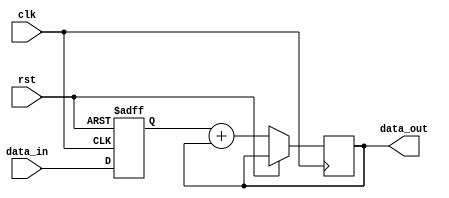
module ShiftAndAdd (
    input wire clk,
    input wire rst,
    input wire [7:0] data_in,
    output wire [7:0] data_out
);

reg [7:0] shift_reg;
reg [7:0] data_out;

always @(posedge clk or posedge rst) begin
    if (rst) begin
        shift_reg <= 8'b0;
    end else begin
        shift_reg <= {shift_reg[6:0], data_in};
        data_out <= shift_reg + data_out;
    end
end

endmodule